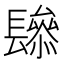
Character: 𨲱